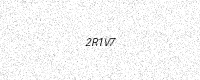
Text: 2R1V7